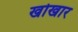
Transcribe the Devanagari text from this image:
खोखार